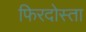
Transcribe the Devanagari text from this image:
फिरदोस्ता